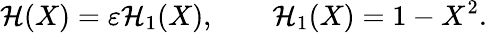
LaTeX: \mathcal{H}(X)=\varepsilon\mathcal{H}_{1}(X),\qquad\mathcal{H}_{1}(X)=1-X^{2}.